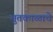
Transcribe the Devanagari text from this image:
भुतकाळाचे